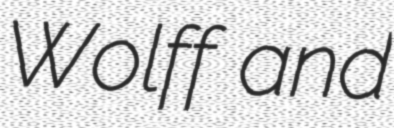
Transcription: Wolff and